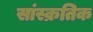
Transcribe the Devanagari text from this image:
सांस्क्रतिक